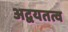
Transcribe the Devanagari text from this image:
अद्वयतत्व